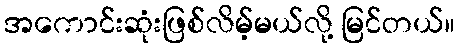
အကောင်းဆုံးဖြစ်လိမ့်မယ်လို့ မြင်တယ်။